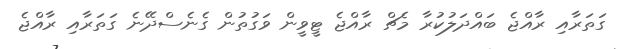
ގަތަރާއި ރާއްޖެ ބައްދަލުކުރާ މެޗް ރާއްޖެ ޓީވީން ވަގުތުން ގެނެސްދޭނެ ގަތަރާއި ރާއްޖެ